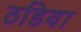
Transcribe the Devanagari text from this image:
ठडिया